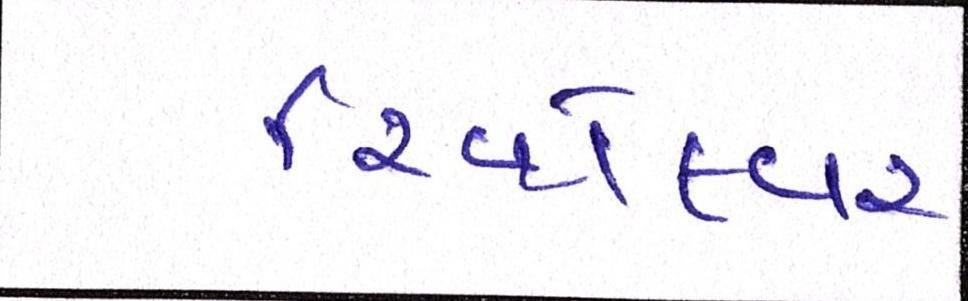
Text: રિવૉલ્વર